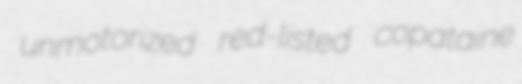
unmotorized red-listed copataine